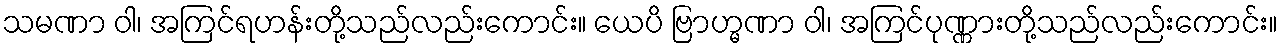
သမဏာ ဝါ၊ အကြင်ရဟန်းတို့သည်လည်းကောင်း။ ယေပိ ဗြာဟ္မဏာ ဝါ၊ အကြင်ပုဏ္ဏားတို့သည်လည်းကောင်း။